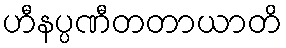
ဟီနပ္ပဏီတတာယာတိ